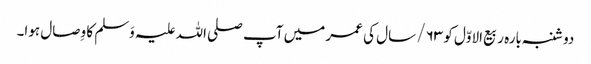
دو شنبہ بارہ ربیع الاوّل کو ۶۳/ سال کی عمر میں آپ صلی اللہ علیہ وَسلم کا وِصال ہوا۔